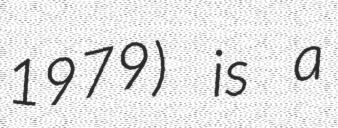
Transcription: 1979) is a